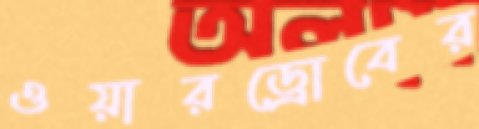
ওয়ারড্রোবের